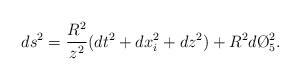
LaTeX: \begin{align*}ds^2={R^2\over z^2}(dt^2+dx_i^2+dz^2)+R^2d\O_5^2.\end{align*}